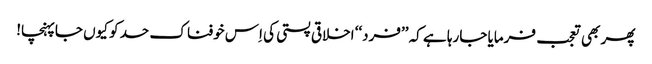
پھر بھی تعجب فرمایا جارہا ہے کہ ’’فرد‘‘ اخلاقی پستی کی اِس خوفناک حد کو کیوں جاپہنچا!